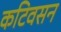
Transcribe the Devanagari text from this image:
कटिवसन